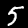
Digit: 5